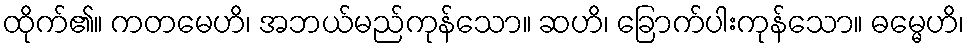
ထိုက်၏။ ကတမေဟိ၊ အဘယ်မည်ကုန်သော။ ဆဟိ၊ ခြောက်ပါးကုန်သော။ ဓမ္မေဟိ၊